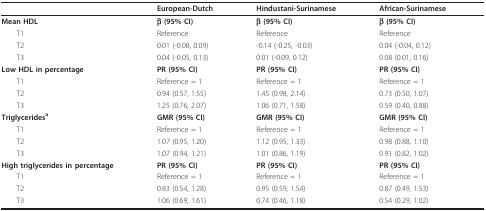
<table><thead><tr><td></td><td><b>European-Dutch</b></td><td><b>Hindustani-Surinamese</b></td><td><b>African-Surinamese</b></td></tr></thead><tbody><tr><td><b>Mean HDL</b></td><td><b>β (95% CI)</b></td><td><b>β (95% CI)</b></td><td><b>β (95% CI)</b></td></tr><tr><td> T1</td><td>Reference</td><td>Reference</td><td>Reference</td></tr><tr><td> T2</td><td>0.01 (-0.08, 0.09)</td><td>-0.14 (-0.25, -0.03)</td><td>0.04 (-0.04, 0.12)</td></tr><tr><td> T3</td><td>0.04 (-0.05, 0.13)</td><td>0.01 (-0.09, 0.12)</td><td>0.08 (0.01, 0.16)</td></tr><tr><td><b>Low HDL in percentage</b></td><td><b>PR (95% CI)</b></td><td><b>PR (95% CI)</b></td><td><b>PR (95% CI)</b></td></tr><tr><td> T1</td><td>Reference = 1</td><td>Reference = 1</td><td>Reference = 1</td></tr><tr><td> T2</td><td>0.94 (0.57, 1.55)</td><td>1.45 (0.98, 2.14)</td><td>0.73 (0.50, 1.07)</td></tr><tr><td> T3</td><td>1.25 (0.76, 2.07)</td><td>1.06 (0.71, 1.58)</td><td>0.59 (0.40, 0.88)</td></tr><tr><td><b>Triglycerides</b><sup><b>a</b></sup></td><td><b>GMR (95% CI)</b></td><td><b>GMR (95% CI)</b></td><td><b>GMR (95% CI)</b></td></tr><tr><td> T1</td><td>Reference = 1</td><td>Reference = 1</td><td>Reference = 1</td></tr><tr><td> T2</td><td>1.07 (0.95, 1.20)</td><td>1.12 (0.95, 1.33)</td><td>0.98 (0.88, 1.10)</td></tr><tr><td> T3</td><td>1.07 (0.94, 1.21)</td><td>1.01 (0.86, 1.19)</td><td>0.91 (0.82, 1.02)</td></tr><tr><td><b>High triglycerides in percentage</b></td><td><b>PR (95% CI)</b></td><td><b>PR (95% CI)</b></td><td><b>PR (95% CI)</b></td></tr><tr><td> T1</td><td>Reference = 1</td><td>Reference = 1</td><td>Reference = 1</td></tr><tr><td> T2</td><td>0.83 (0.54, 1.28)</td><td>0.95 (0.59, 1.54)</td><td>0.87 (0.49, 1.53)</td></tr><tr><td> T3</td><td>1.06 (0.69, 1.61)</td><td>0.74 (0.46, 1.18)</td><td>0.54 (0.29, 1.02)</td></tr></tbody></table>